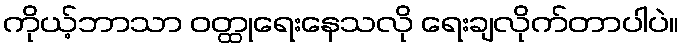
ကိုယ့်ဘာသာ ဝတ္ထုရေးနေသလို ရေးချလိုက်တာပါပဲ။